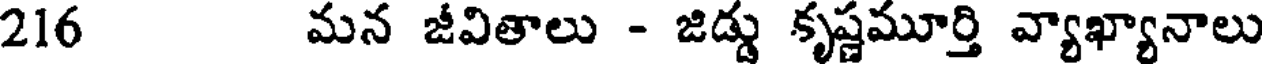
216 మన జీవితాలు - జిడ్డు కృష్ణమూర్తి వ్యాఖ్యానాలు